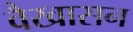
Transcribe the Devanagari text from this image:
वैखासन